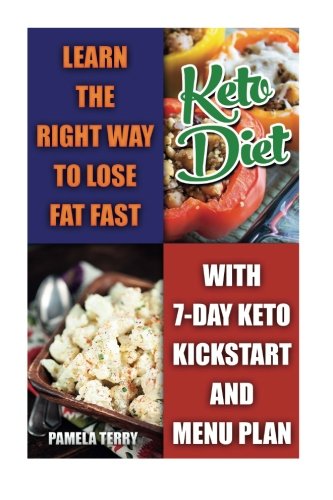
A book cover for Ketogenic Diet: Learn The Right Way To Lose Fat Fast With 7-Day Keto Kick Start And Menu Plan: (Lose Belly Fat Fast, Ketogenic Diet For Beginners,How ... 20 20 diet dr phil , weight watchers); Pamela Terry; Health, Fitness & Dieting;